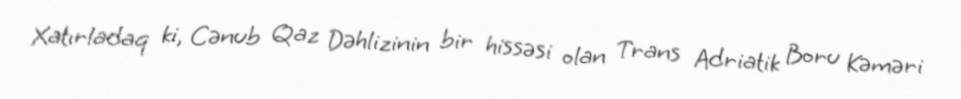
Xatırladaq ki, Cənub Qaz Dəhlizinin bir hissəsi olan Trans Adriatik Boru Kəməri